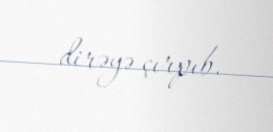
dirəyə çırpıb.